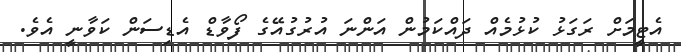
އެޓީމަށް ރަގަޅު ކުޅުމެއް ދައްކަމުން އަންނަ އުރުގުއޭގެ ފޯވާޑް އެޑިސަން ކަވާނީ އެވެ.